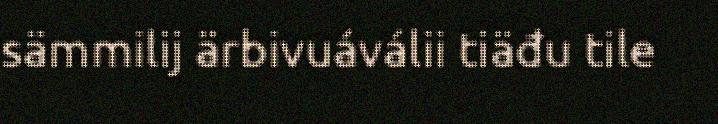
sämmilij ärbivuáválii tiäđu tile